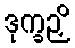
ဒုက္ခဉှိ